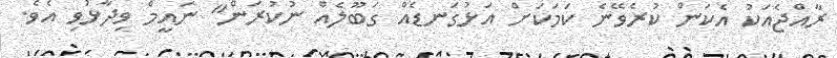
ރާއްޖެއަކު އެކަން ކުރެވޭނެ ކަމަކަށް އަޅުގަނޑެއް ގަބޫލެއް ނުކުރަން" ނައީމް ވިދާޅުވި އެވެ.